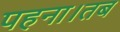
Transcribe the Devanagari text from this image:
पहना।तब